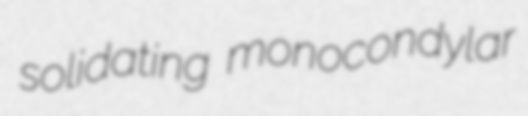
solidating monocondylar